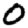
Digit: 0